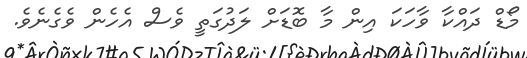
މޯޑް ދައްކާ ވާހަކަ އިން މާ ބޮޑަށް ލަދުގަތީ ވެސް އެހެން ވެގެނެވެ.